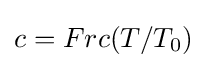
c=Frc(T/T_{0})